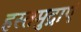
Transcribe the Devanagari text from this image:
हस्तमुद्राएं